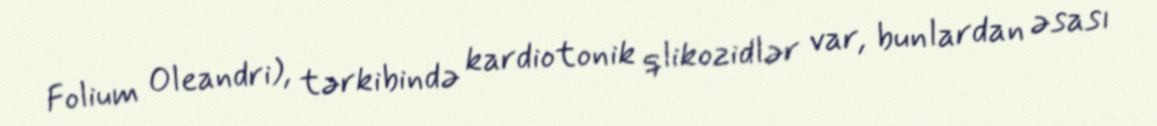
Folium Oleandri), tərkibində kardiotonik qlikozidlər var, bunlardan əsası